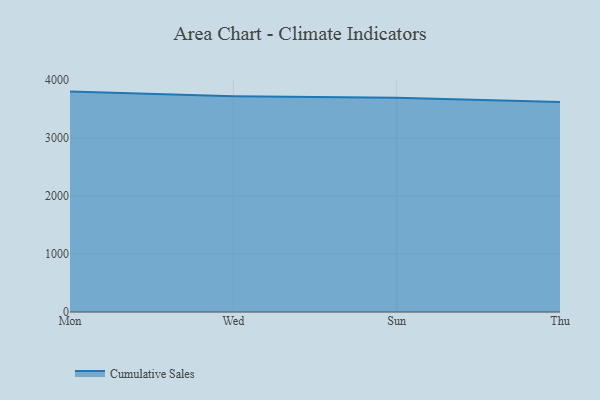
{"axis": {"x": "Day", "y": "Temperature (°C)"}, "legend": ["Cumulative Sales"], "data": [{"x": "Mon", "y": 3803.5, "type": "Cumulative Sales"}, {"x": "Wed", "y": 3723.7, "type": "Cumulative Sales"}, {"x": "Sun", "y": 3695.8, "type": "Cumulative Sales"}, {"x": "Thu", "y": 3622.0, "type": "Cumulative Sales"}]}